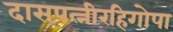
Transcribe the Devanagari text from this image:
दासपत्नीरहिगोपा